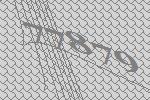
77879